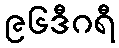
၉၆ဒီဂရီ